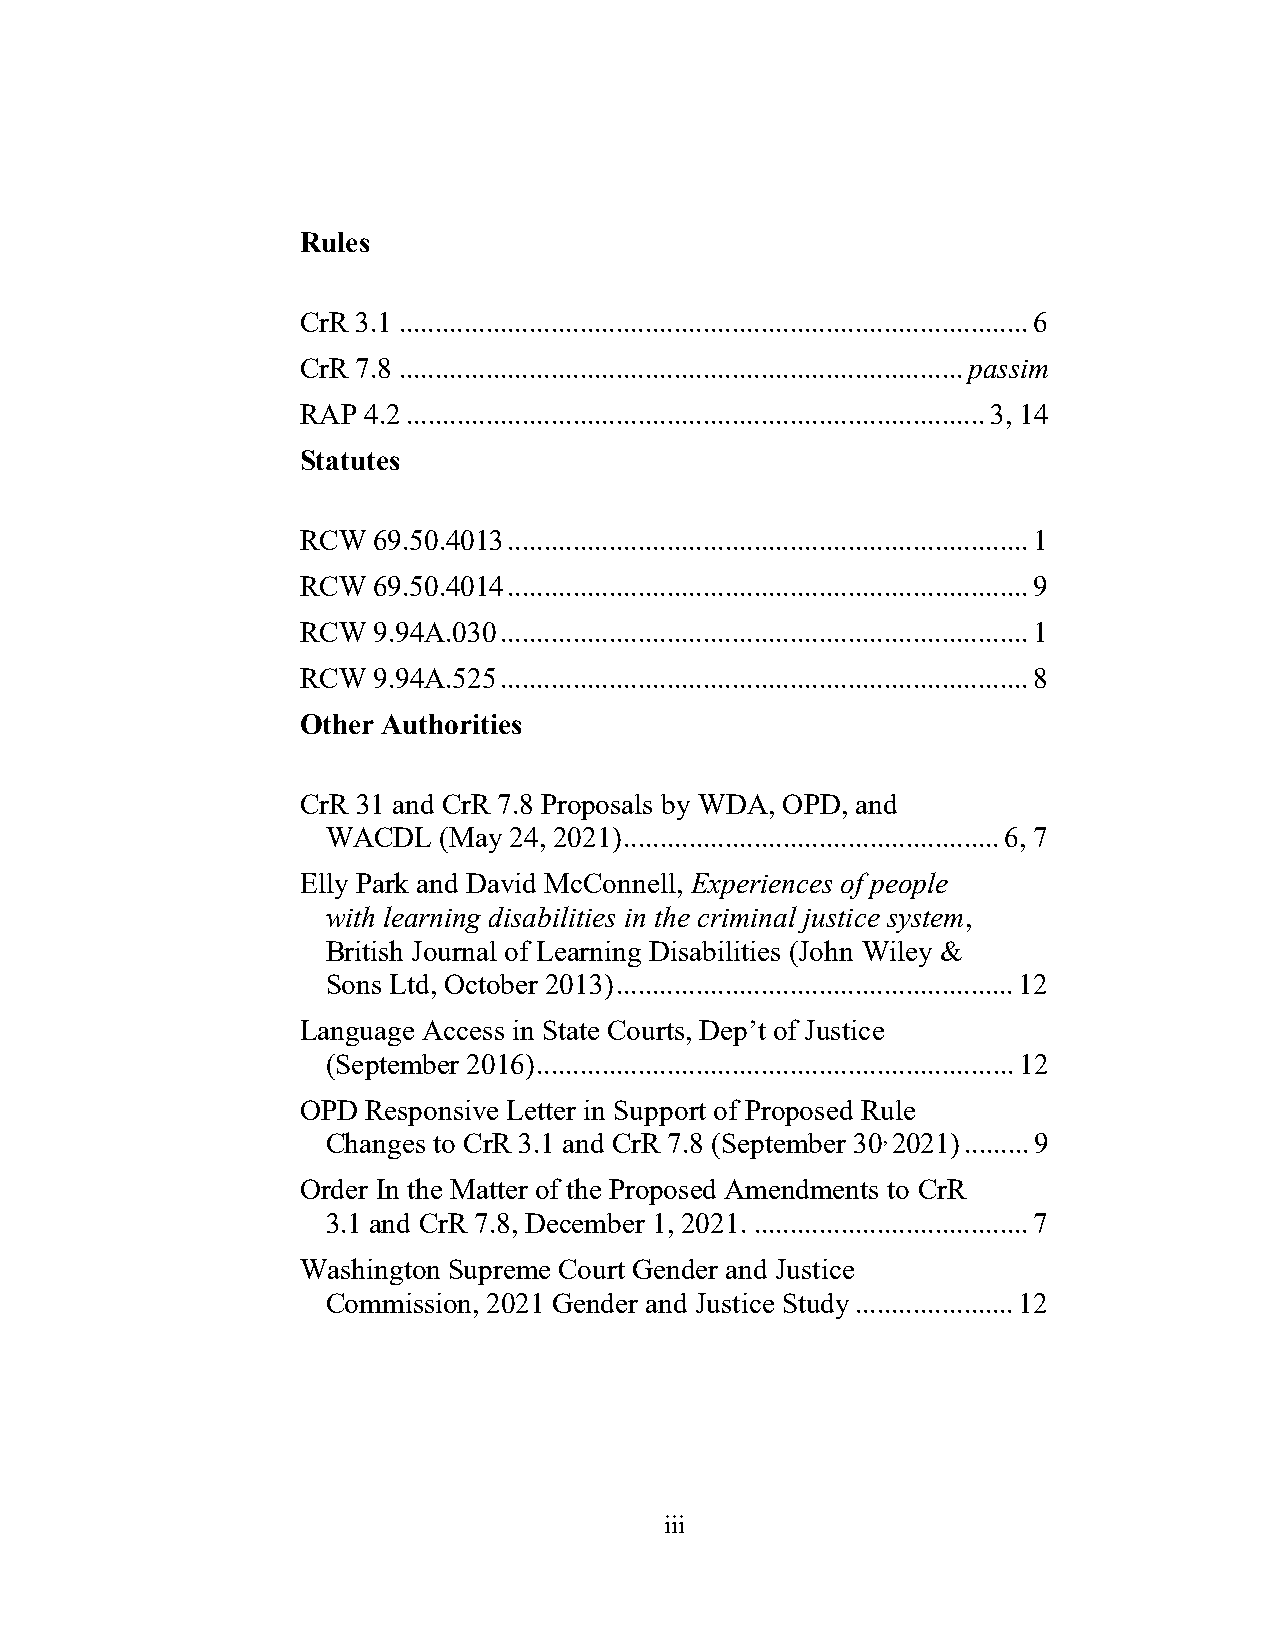
Rules
 CrR 3.1 ....................................................................................... 6
 CrR 7.8 .............................................................................. passim
 RAP 4.2 ................................................................................ 3, 14
 Statutes
 RCW  69.50.4013 ........................................................................ 1
 RCW  69.50.4014 ........................................................................ 9
 RCW  9.94A.030 ......................................................................... 1
 RCW  9.94A.525 ......................................................................... 8
 Other Authorities
 CrR 31 and CrR 7.8 Proposals by WDA, OPD, and
 WACDL  (May 24, 2021) .................................................... 6, 7
 Elly Park and David McConnell, Experiences of people
 with learning disabilities in the criminal justice system,
 British Journal of Learning Disabilities (John Wiley &
 Sons Ltd, October 2013) ....................................................... 12
 Language Access in State Courts, Dep’t of Justice
 (September 2016) .................................................................. 12
 OPD Responsive Letter in Support of Proposed Rule
 Changes to CrR 3.1 and CrR 7.8 (September 30, 2021) ......... 9
 Order In the Matter of the Proposed Amendments to CrR
 3.1 and CrR 7.8, December 1, 2021. ...................................... 7
 Washington Supreme Court Gender and Justice
 Commission, 2021 Gender and Justice Study ...................... 12
 iii